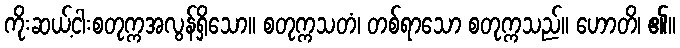
ကိုးဆယ့်ငါးစတုက္ကအလွန်ရှိသော။ စတုက္ကသတံ၊ တစ်ရာသော စတုက္ကသည်။ ဟောတိ၊ ၏။